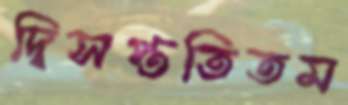
দ্বিসপ্ততিতম